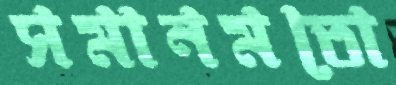
সমানমতো